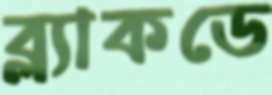
ব্ল্যাকডে